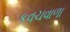
કવચવાળા